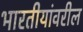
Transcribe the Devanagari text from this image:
भारतीयांवरील